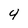
Character: 4